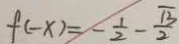
f ( - x ) = - \frac { 1 } { 2 } - \frac { \sqrt { 3 } } { 2 }